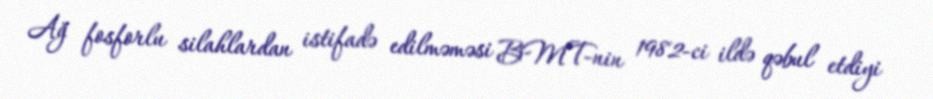
Ağ fosforlu silahlardan istifadə edilməməsi BMT-nin 1982-ci ildə qəbul etdiyi